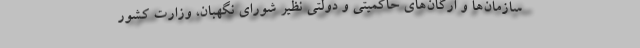
سازمان‌ها و ارگان‌های حاکمیتی و دولتی نظیر شورای نگهبان، وزارت کشور